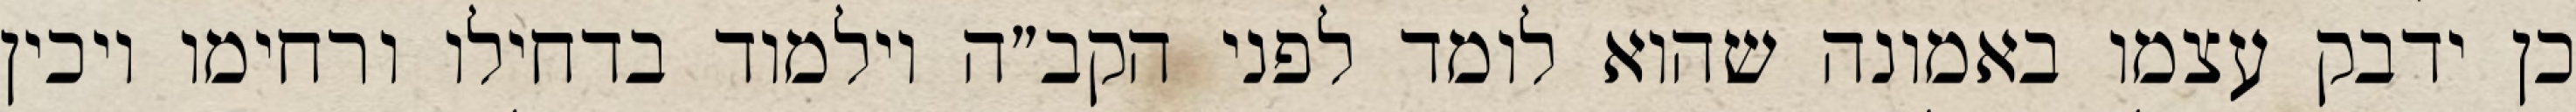
כן ידבק עצמו באמונה שהוא לומד לפני הקב״ה וילמוד בדחילו ורחימו ויכין